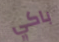
باكي